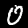
Label: 0